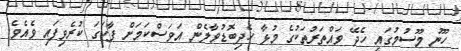
ހޫނު މޫސުމުގައި ހެދޭ ވައްތަރުތަކުގެ މުޅާ ހެދިބޮޑުވާލެން އަވަސްކަމަށް ފާހަގަ ކުރެވިފައި ވެއެވެ.